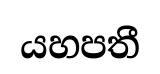
යහපතී